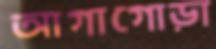
আগাগোড়া